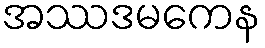
အဿဒမကေန